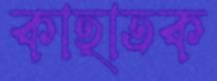
কাহাতক